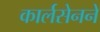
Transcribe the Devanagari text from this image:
कार्लसेनने